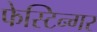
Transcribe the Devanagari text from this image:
फेस्टिन्गर